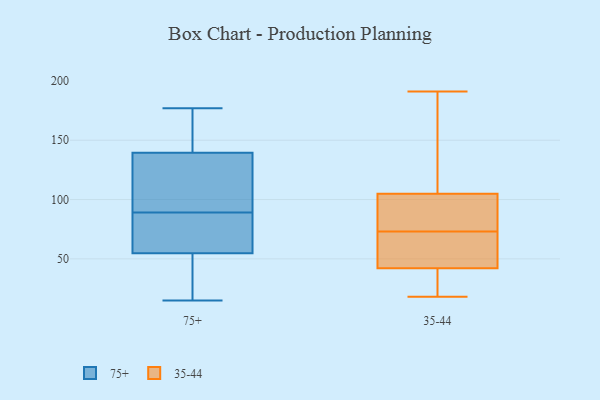
{"axis": {"x": "Demand Index", "y": "Value"}, "legend": ["35-44", "75+"], "data": [{"x": "", "y": 137, "type": "75+"}, {"x": "", "y": 87, "type": "75+"}, {"x": "", "y": 89, "type": "75+"}, {"x": "", "y": 124, "type": "75+"}, {"x": "", "y": 65, "type": "75+"}, {"x": "", "y": 52, "type": "75+"}, {"x": "", "y": 55, "type": "75+"}, {"x": "", "y": 177, "type": "75+"}, {"x": "", "y": 15, "type": "75+"}, {"x": "", "y": 54, "type": "75+"}, {"x": "", "y": 162, "type": "75+"}, {"x": "", "y": 89, "type": "75+"}, {"x": "", "y": 147, "type": "75+"}, {"x": "", "y": 18, "type": "35-44"}, {"x": "", "y": 29, "type": "35-44"}, {"x": "", "y": 143, "type": "35-44"}, {"x": "", "y": 66, "type": "35-44"}, {"x": "", "y": 191, "type": "35-44"}, {"x": "", "y": 42, "type": "35-44"}, {"x": "", "y": 80, "type": "35-44"}, {"x": "", "y": 105, "type": "35-44"}, {"x": "", "y": 48, "type": "35-44"}, {"x": "", "y": 97, "type": "35-44"}, {"x": "", "y": 65, "type": "35-44"}, {"x": "", "y": 144, "type": "35-44"}, {"x": "", "y": 32, "type": "35-44"}, {"x": "", "y": 96, "type": "35-44"}]}